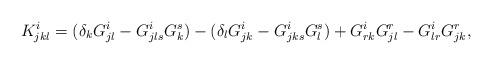
LaTeX: \begin{align*}K_{jkl}^i = (\delta_{k} G^{i}_{jl} - G_{jls}^iG_k^s) - (\delta_{l} G^{i}_{jk}- G_{jks}^iG_l^s) + G_{rk}^iG_{jl}^r - G_{lr}^iG_{jk}^r,\end{align*}